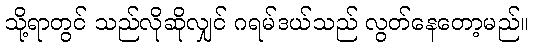
သို့ရာတွင် သည်လိုဆိုလျှင် ဂရမ်ဒယ်သည် လွတ်နေတော့မည်။